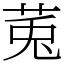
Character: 𫟏